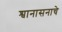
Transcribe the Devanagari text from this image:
श्वानासनाचे